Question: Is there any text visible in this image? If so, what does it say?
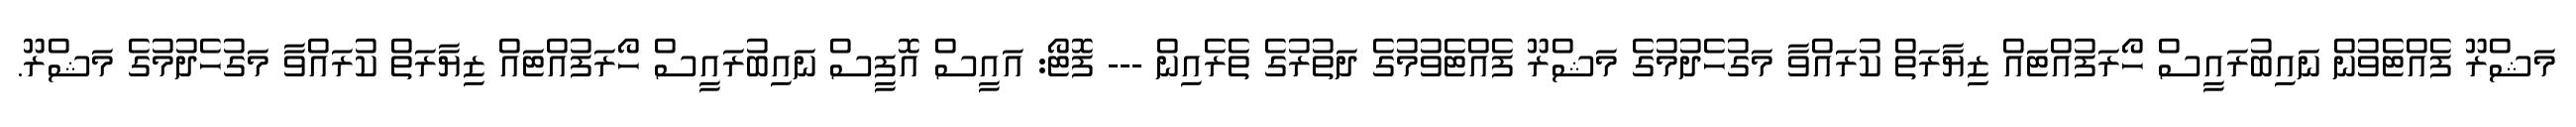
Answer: މަޝްރޫ ފެއްޓެވުން ނައިބުރައީސް ހޯރަފުއްޓައް ޒިޔާރަތް ކުރައްވާ މަގުހެދުމުގެ މަޝްރޫ ފެއްޓެވުމުގެ ދަތުރުގެ ތެރެއިން --- ފޮޓޯ: އައީސް އޮފީސް ނައިބުރައީސް ހޯރަފުއްޓައް ޒިޔާރަތް ކުރައްވާ މަގުހެދުމުގެ މަޝްރޫ.